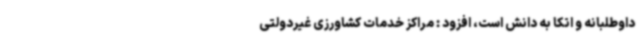
داوطلبانه و اتکا به دانش است، افزود : مراکز خدمات کشاورزی غیردولتی